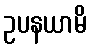
ဥပနယာမိ